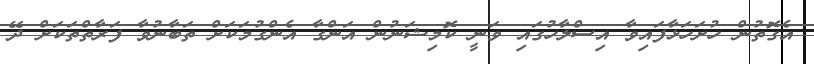
އެގޮތުން ހުށަހަޅާފައިވާ އިސްލާހުގައި ވަނީ ކޮމިޝަނުން އަންގާ އެންގުމަކަށް ތަބާނުވާ ފަރާތްތަކަށް ދޭ